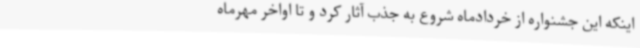
اینکه این جشنواره از خردادماه شروع به جذب آثار کرد و تا اواخر مهرماه